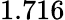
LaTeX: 1.716